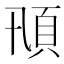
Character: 𩑓